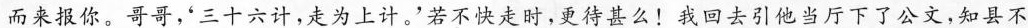
而来报你。哥哥，'三十六计，走为上计。'若不快走时，更待甚么！我回去引他当厅下了公文，知县不